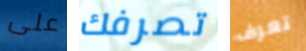
على تصرفك تعرف